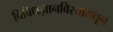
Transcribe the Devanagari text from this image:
विविधज्ञानविस्तारातून